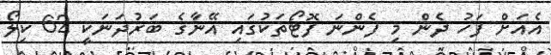
އެއަށް ފަހު ދެން މި ފެންނަ ފޮޓޯތަކުގައި އޭނާގެ ބަރުދަނަކީ 62 ކިލޯ